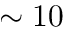
\sim 1 0